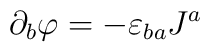
\partial _{b}\varphi =-\varepsilon _{ba}J^{a}